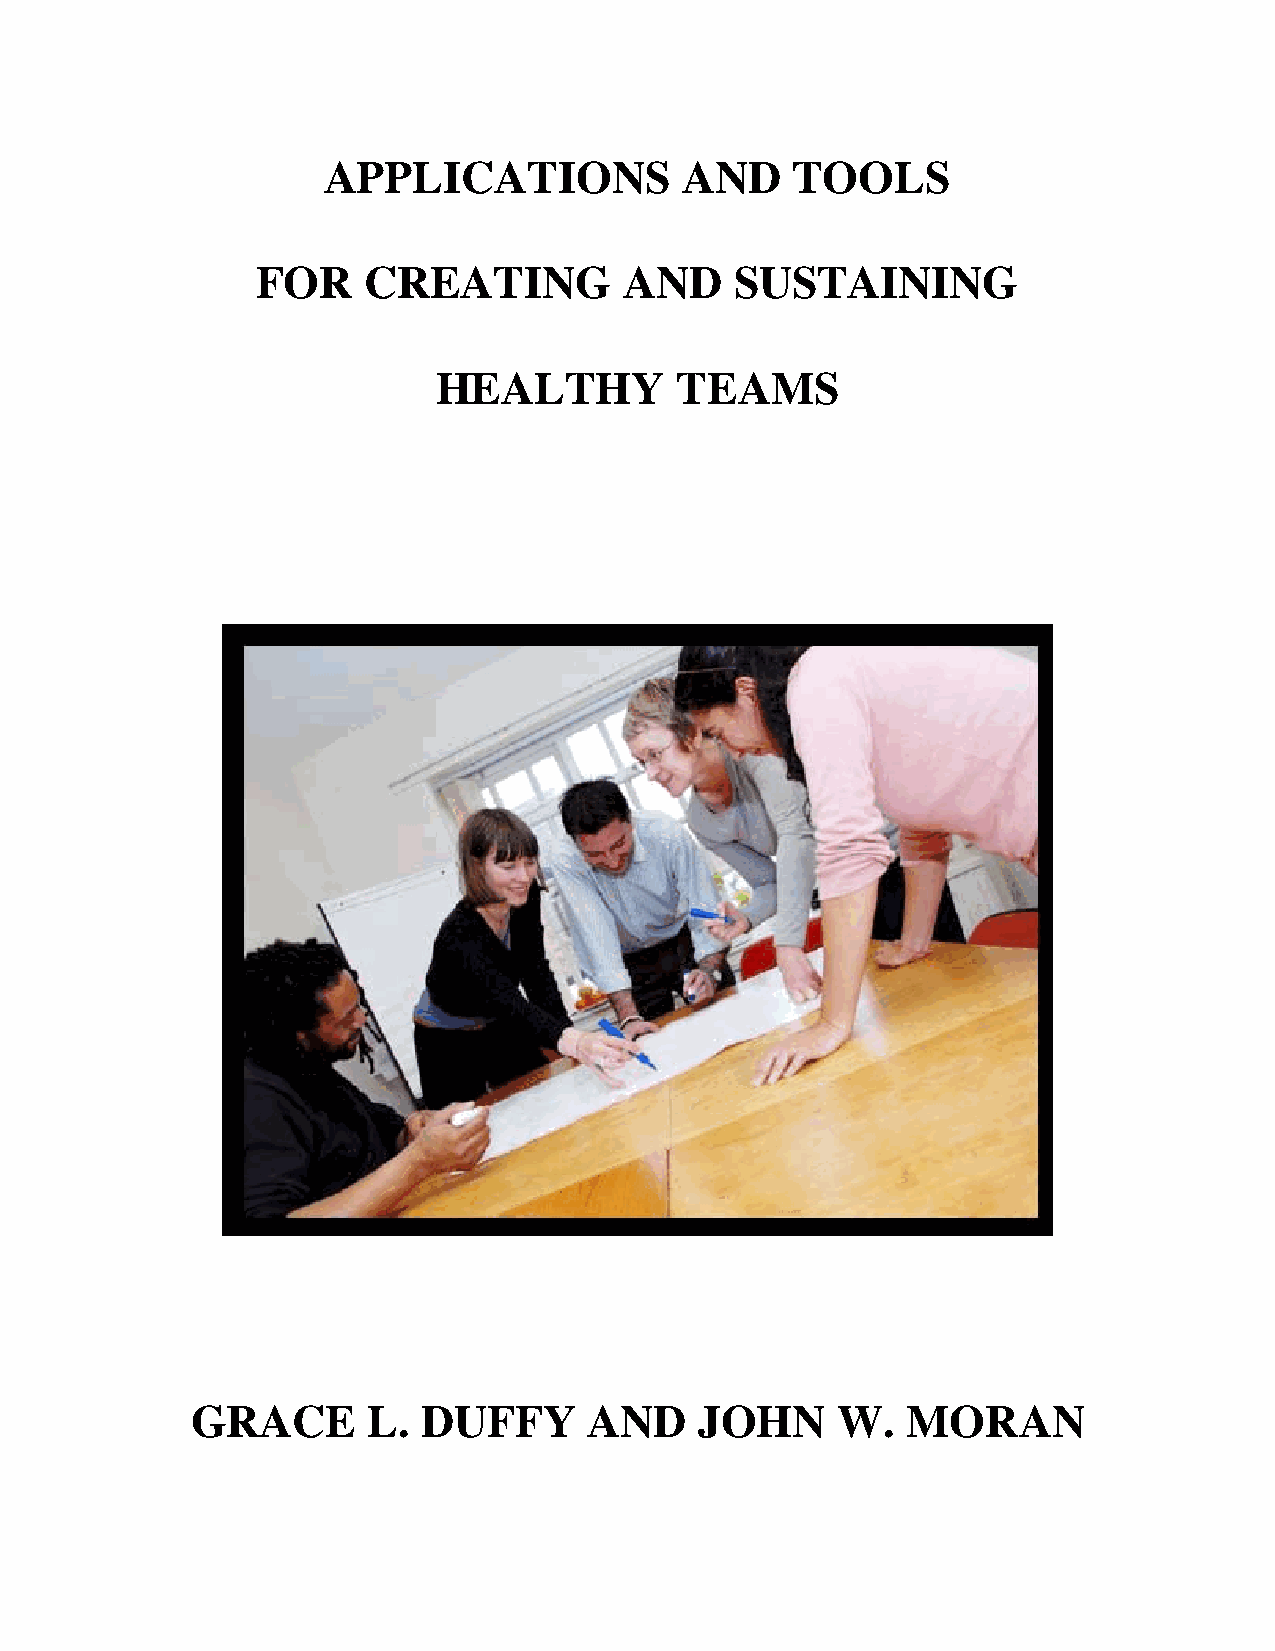
APPLICATIONS            AND    TOOLS
 FOR    CREATING         AND     SUSTAINING
 HEALTHY         TEAMS
 GRACE      L.  DUFFY      AND    JOHN     W.   MORAN